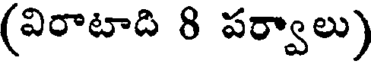
(విరాటాది 8 పర్వాలు)